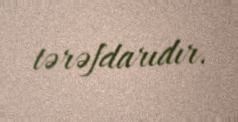
tərəfdarıdır.